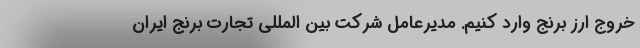
خروج ارز برنج وارد کنیم. مدیرعامل شرکت بین المللی تجارت برنج ایران